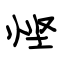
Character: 悭